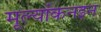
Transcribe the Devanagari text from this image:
मूल्यांकनइन